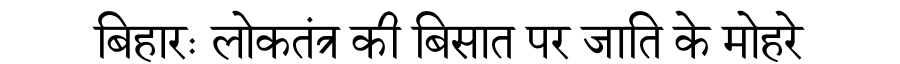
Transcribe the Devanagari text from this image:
बिहारः लोकतंत्र की बिसात पर जाति के मोहरे